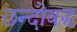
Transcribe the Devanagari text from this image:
छन्दोवद्ध